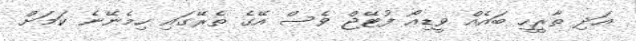
އަދި ތާރީހީ ބައެއް ވީޑިއޯ ފުޓޭޖް ވެސް އޭގެ ތެރޭގައި ހިމެނޭނެ ކަމަށް